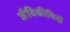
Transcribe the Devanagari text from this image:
जैविकीविदों